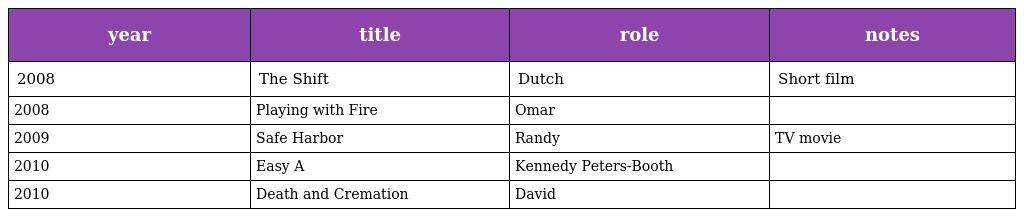
| year | title | role | notes |
 | --- | --- | --- | --- |
 | 2008 | The Shift | Dutch | Short film |
 | 2008 | Playing with Fire | Omar |  |
 | 2009 | Safe Harbor | Randy | TV movie |
 | 2010 | Easy A | Kennedy Peters-Booth |  |
 | 2010 | Death and Cremation | David |  |